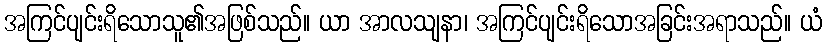
အကြင်ပျင်းရိသောသူ၏အဖြစ်သည်။ ယာ အာလသျနာ၊ အကြင်ပျင်းရိသောအခြင်းအရာသည်။ ယံ